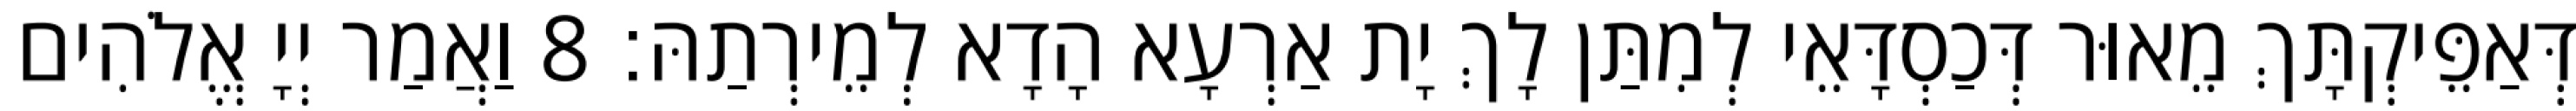
דְּאַפֵּיקְתָּךְ מֵאוּר דְּכַסְדָּאֵי לְמִתַּן לָךְ יָת אַרְעָא הָדָא לְמֵירְתַהּ׃ 8 וַאֲמַר יְיָ אֱלֹהִים